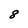
Character: 8